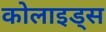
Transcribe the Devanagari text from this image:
कोलाइड्स